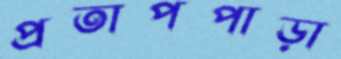
প্রতাপপাড়া